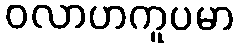
ဝလာဟကူပမာ